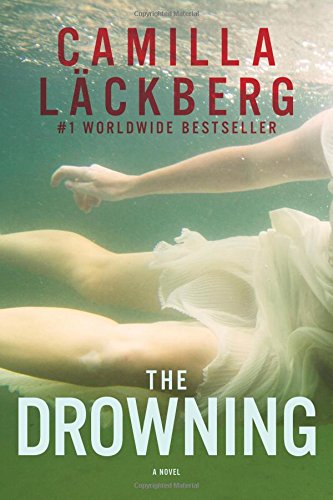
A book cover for The Drowning: A Novel; Camilla Lackberg; Mystery, Thriller & Suspense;